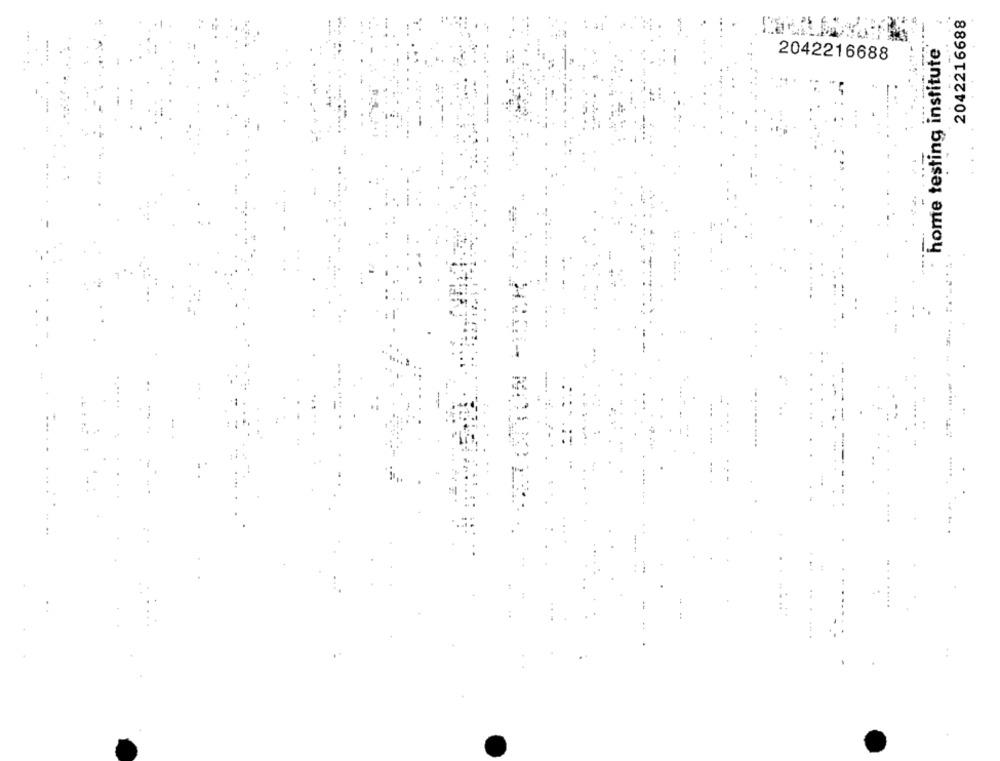
2042216688
home testing institute
2042216688
..